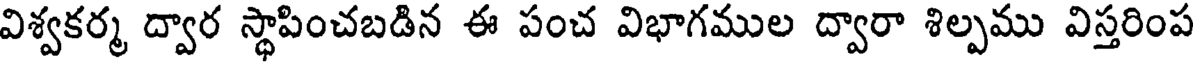
విశ్వకర్మ ద్వార స్థాపించబడిన ఈ పంచ విభాగముల ద్వారా శిల్పము విస్తరింప